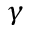
\gamma